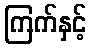
ကြက်နှင့်